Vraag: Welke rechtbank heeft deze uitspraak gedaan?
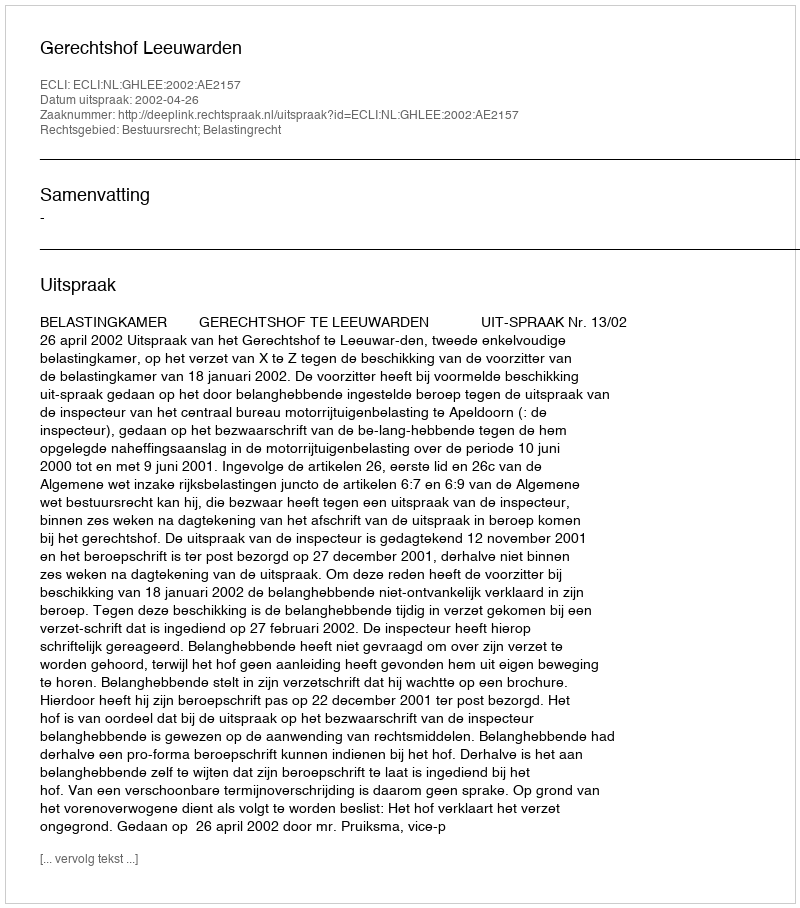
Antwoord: Gerechtshof Leeuwarden